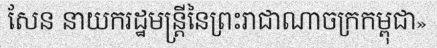
សែន នាយករដ្ឋមន្ត្រីនៃព្រះរាជាណាចក្រកម្ពុជា»